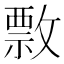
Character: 𢿖